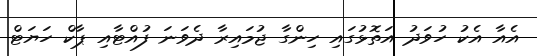
އެއާ އެކު ހުވަދު އަތޮޅުގައި ހިންގާ ޖުމައިރާ ދެވަނަ ފުއްޓާއި ޕާކް ހަޔަޓް